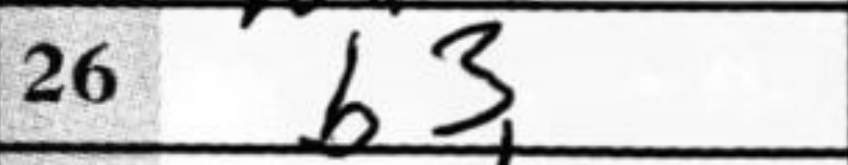
Transcription: b3